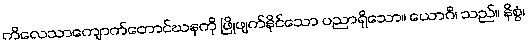
ကိလေသာကျောက်တောင်ဃနကို ဖြိုဖျက်နိုင်သော ပညာရှိသော။ ယောဂီ၊ သည်။ နိစ္စံ၊